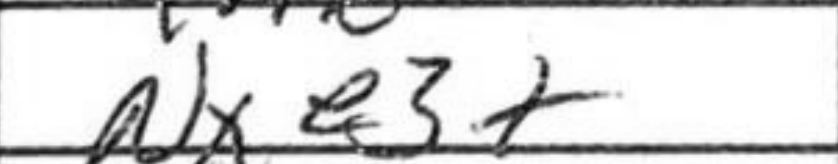
Transcription: Nxe3+